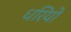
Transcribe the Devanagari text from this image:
धरियो